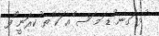
ުޅ ަގނ ުޑ ަމ ަސ ްއ ަކ ްތ ުކރަނީ ޯފ